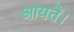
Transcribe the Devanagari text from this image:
आयतें।